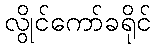
လွိုင်ကော်ခရိုင်